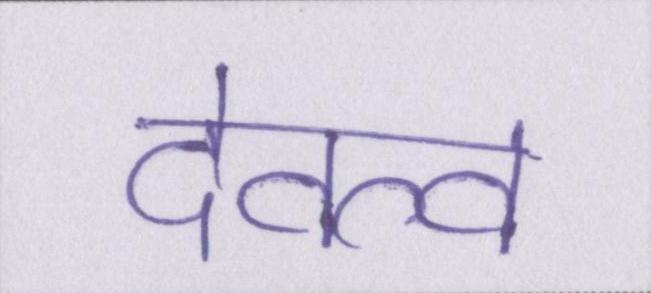
देवत्व